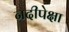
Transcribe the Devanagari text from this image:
नदीपेक्षा